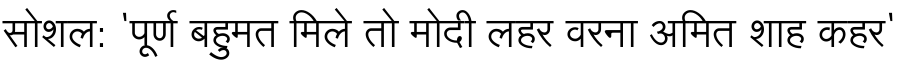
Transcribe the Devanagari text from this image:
सोशल: 'पूर्ण बहुमत मिले तो मोदी लहर वरना अमित शाह कहर'